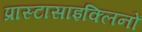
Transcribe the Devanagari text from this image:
प्रास्टासाइक्लिनों